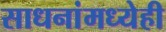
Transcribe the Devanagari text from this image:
साधनांमध्येही